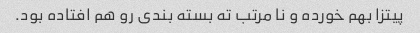
پیتزا بهم خورده و نا مرتب ته بسته بندی رو هم افتاده بود.